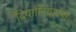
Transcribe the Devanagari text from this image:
दिवालियापनों